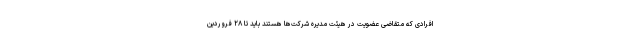
افرادی که متقاضی عضویت در هیئت مدیره شرکت‌ها هستند باید تا ۲۸ فروردین